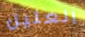
العليل